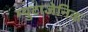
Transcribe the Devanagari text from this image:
म्युटाजेनिक